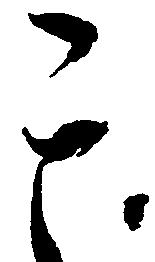
其